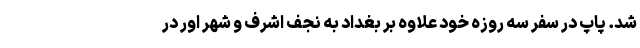
شد. پاپ در سفر سه روزه خود علاوه بر بغداد به نجف اشرف و شهر اور در